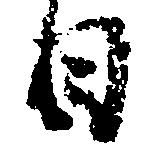
日